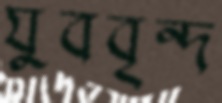
যুববৃন্দ